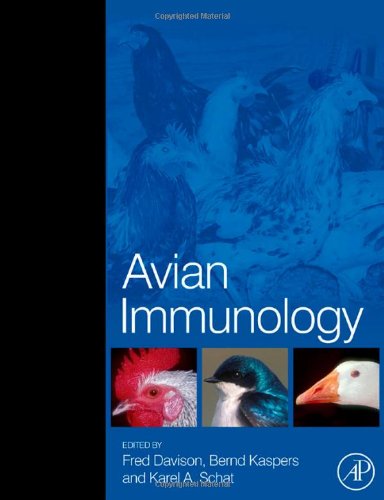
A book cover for Avian Immunology; Medical Books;